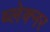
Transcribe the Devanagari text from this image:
ब्लेक्नर